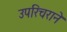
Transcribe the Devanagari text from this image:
उपरिचराने